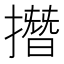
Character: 撍